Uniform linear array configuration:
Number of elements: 64
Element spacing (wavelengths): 0.25
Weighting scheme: uniform
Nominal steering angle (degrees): -30
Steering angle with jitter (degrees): -28.237
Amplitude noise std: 0.05
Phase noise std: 0.05

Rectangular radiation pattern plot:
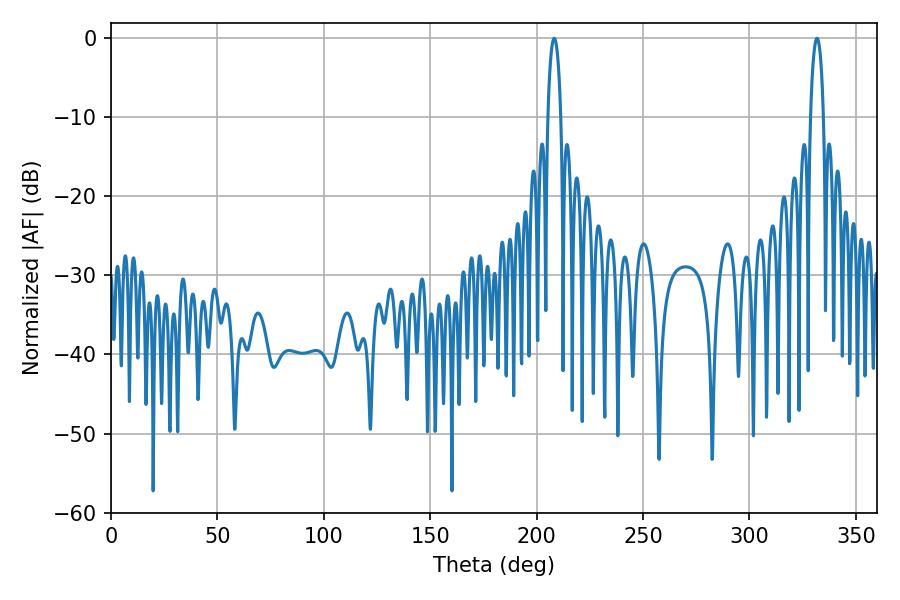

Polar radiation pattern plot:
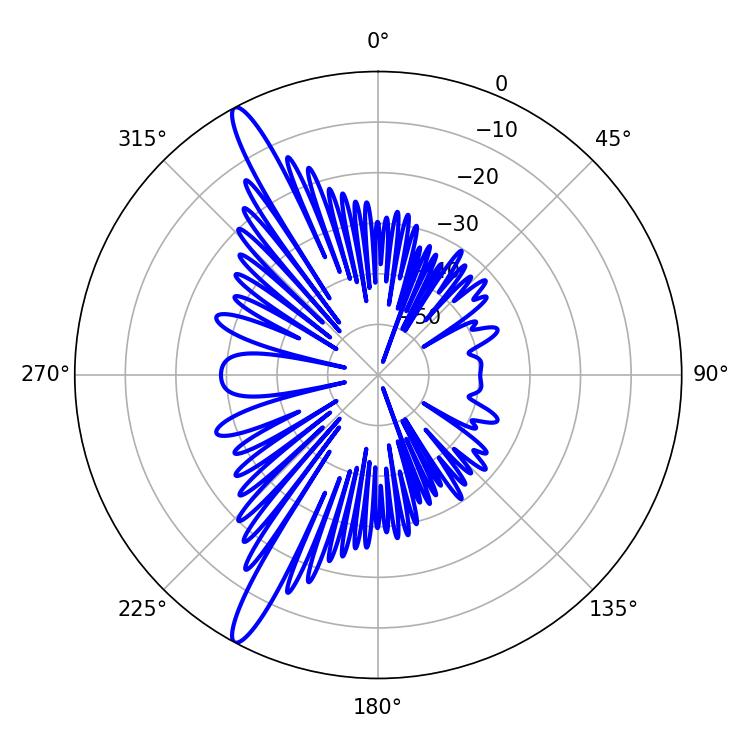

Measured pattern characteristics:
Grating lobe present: FALSE
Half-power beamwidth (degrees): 3.6
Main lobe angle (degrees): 208.26